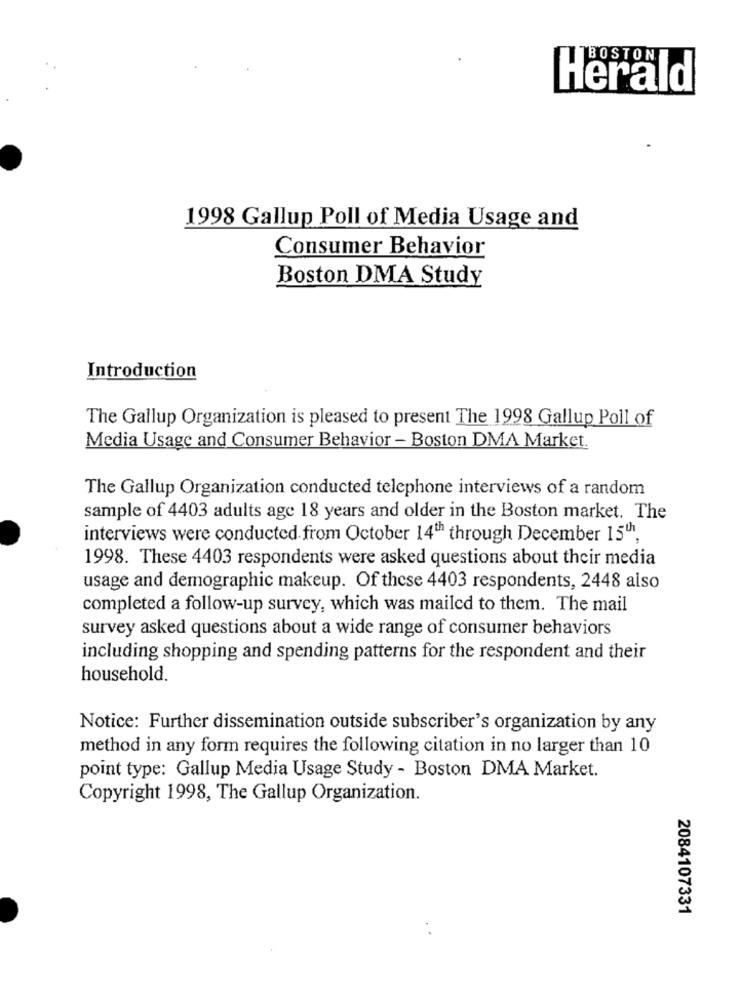
Herald
1998 Gallup Poll of Media Usage and
Consumer Behavior
Boston DMA Study
Introduction
The Gallup Organization is pleased to present The 1998 Gallup Poll of
Media Usage and Consumer Behavior - Boston DMA Market.
The Gallup Organization conducted telephone interviews of a random
sample of 4403 adults age 18 years and older in the Boston market. The
interviews were conducted from October 14th through December 15th,
1998. These 4403 respondents were asked questions about their media
usage and demographic makeup. Of these 4403 respondents, 2448 also
completed a follow-up survey, which was mailed to them. The mail
survey asked questions about a wide range of consumer behaviors
including shopping and spending patterns for the respondent and their
household.
Notice: Further dissemination outside subscriber's organization by any
method in any form requires the following citation in no larger than 10
point type: Gallup Media Usage Study - Boston DMA Market.
Copyright 1998, The Gallup Organization.
2084107331
. .